Madras plague regulations and rules - Volume 2
Disease focus: Plague
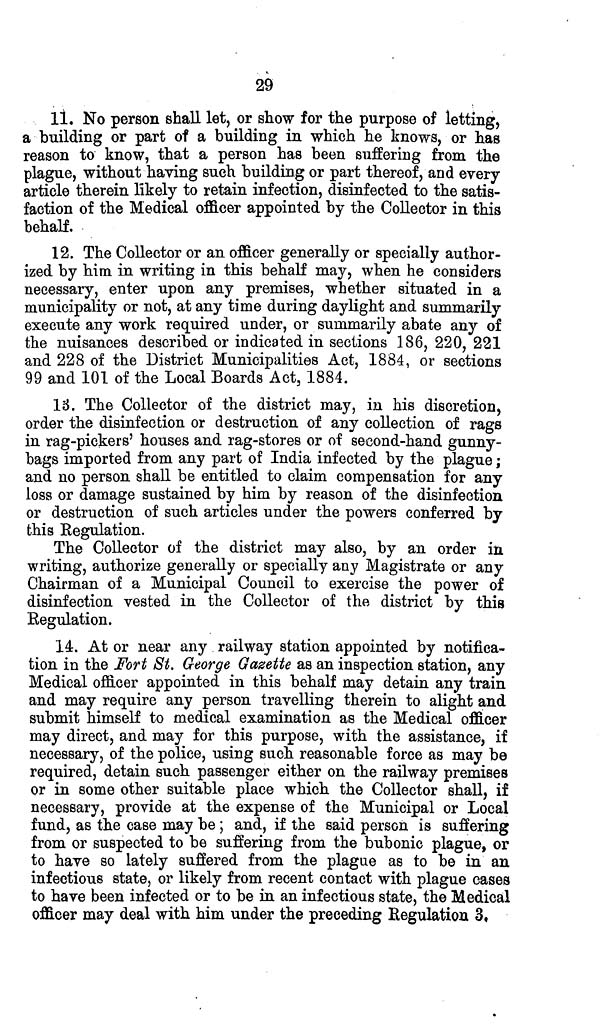
29
11. No person shall let, or show for the purpose of letting,
a building or part of a building in which he knows, or has
reason to know, that a person has been suffering from the
plague, without having such building or part thereof, and every
article therein likely to retain infection, disinfected to the satis-
faction of the Medical officer appointed by the Collector in this
behalf.
12. The Collector or an officer generally or specially author-
ized by him in writing in this behalf may, when he considers
necessary, enter upon any premises, whether situated in a
municipality or not, at any time during daylight and summarily
execute any work required under, or summarily abate any of
the nuisances described or indicated in sections 186, 220, 221
and 228 of the District Municipalities Act, 1884, or sections
99 and 101 of the Local Boards Act, 1884.
18. The Collector of the district may, in his discretion,
order the disinfection or destruction of any collection of rags
in rag-pickers' houses and rag-stores or of second-hand gunny-
bags imported from any part of India infected by the plague;
and no person shall be entitled to claim compensation for any
loss or damage sustained by him by reason of the disinfection
or destruction of such articles under the powers conferred by
this Regulation.
The Collector of the district may also, by an order in
writing, authorize generally or specially any Magistrate or any
Chairman of a Municipal Council to exercise the power of
disinfection vested in the Collector of the district by this
Regulation.
14. At or near any railway station appointed by notifica-
tion in the Fort St. George Gazette as an inspection station, any
Medical officer appointed in this behalf may detain any train
and may require any person travelling therein to alight and
submit himself to medical examination as the Medical officer
may direct, and may for this purpose, with the assistance, if
necessary, of the police, using such reasonable force as may be
required, detain such passenger either on the railway premises
or in some other suitable place which the Collector shall, if
necessary, provide at the expense of the Municipal or Local
fund, as the case may be ; and, if the said person is suffering
from or suspected to be suffering from the bubonic plague, or
to have so lately suffered from the plague as to be in an
infectious state, or likely from recent contact with plague cases
to have been infected or to be in an infectious state, the Medical
officer may deal with him under the preceding Regulation 3,